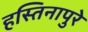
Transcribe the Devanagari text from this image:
हस्तिनापुरे